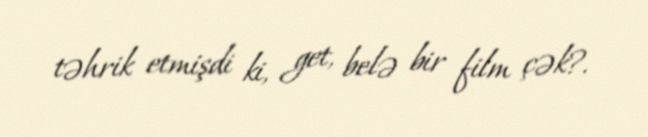
təhrik etmişdi ki, get, belə bir film çək?.